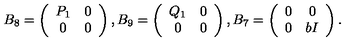
B _ { 8 } = \left( \begin{array} { c c } { P _ { 1 } } & { 0 } \\ { 0 } & { 0 } \\ \end{array} \right) , B _ { 9 } = \left( \begin{array} { c c } { Q _ { 1 } } & { 0 } \\ { 0 } & { 0 } \\ \end{array} \right) , B _ { 7 } = \left( \begin{array} { c c } { 0 } & { 0 } \\ { 0 } & { b I } \\ \end{array} \right) .